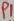
Text: P1